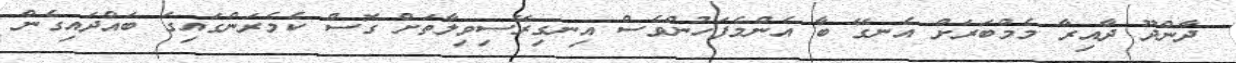
ދާންދޫ ދާއިރާ މެމްބަރަަށް އެނގޭ ބާ އެންމެފަހުންވެސް އިނގިރޭސިވިލާތަށް ގޮސް ކެމެރަންގައިގަ ބައްދައިގެން